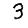
Digit: 3